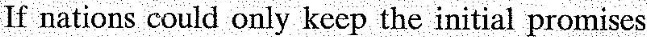
If nations could only keep the initial promises